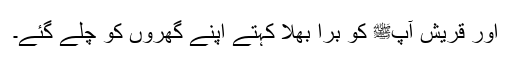
اور قریش آپﷺ کو برا بھلا کہتے اپنے گھروں کو چلے گئے۔